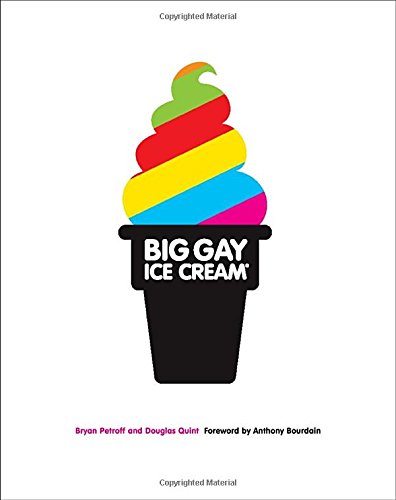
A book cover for Big Gay Ice Cream: Saucy Stories & Frozen Treats: Going All the Way with Ice Cream; Bryan Petroff; Humor & Entertainment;